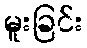
မူးခြင်း